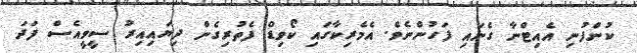
ކުންފުނި އެއިޓްނާ ގެނައި ފަހުންނެވެ. އެމެރިކާގައި ކޯވިޑް ފެތުރިގެން ދިޔައިއިރު ސީވީއެސް ފަދަ